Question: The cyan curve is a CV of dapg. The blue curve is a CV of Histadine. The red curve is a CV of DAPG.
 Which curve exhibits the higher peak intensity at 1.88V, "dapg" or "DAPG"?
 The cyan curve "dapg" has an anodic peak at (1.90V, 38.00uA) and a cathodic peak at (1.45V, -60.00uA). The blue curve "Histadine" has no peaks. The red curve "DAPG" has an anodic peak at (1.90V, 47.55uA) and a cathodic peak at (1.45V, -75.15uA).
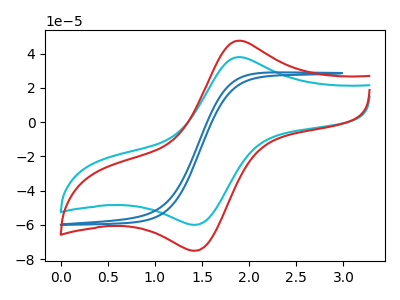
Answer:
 <answer>The peak at 1.88V is lower in "dapg" than in "DAPG".</answer>
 <eval>lower</eval>